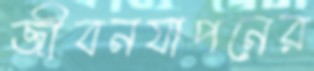
জীবনযাপনের